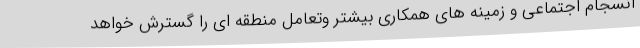
انسجام اجتماعی و زمینه های همکاری بیشتر وتعامل منطقه ای را گسترش خواهد